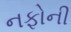
નફોની